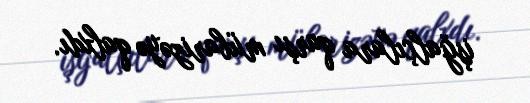
işğalçılara qarşı mübarizəyə qalxdı.